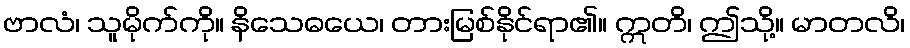
ဗာလံ၊ သူမိုက်ကို။ နိသေဓယေ၊ တားမြစ်နိုင်ရာ၏။ ဣတိ၊ ဤသို့။ မာတလိ၊